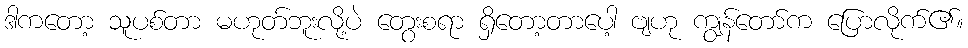
ဒါကတော့ သူပစ်တာ မဟုတ်ဘူးလို့ပဲ တွေးစရာ ရှိတော့တာပေါ့ ဗျဟု ကျွန်တော်က ပြောလိုက်၏။